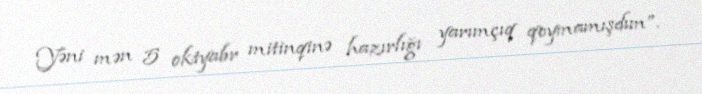
Yəni mən 5 oktyabr mitinqinə hazırlığı yarımçıq qoymamışdım”.